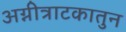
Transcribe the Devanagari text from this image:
अग्नीत्राटकातुन